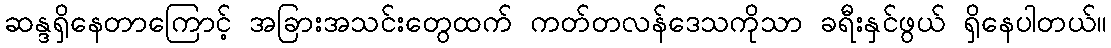
ဆန္ဒရှိနေတာကြောင့် အခြားအသင်းတွေထက် ကတ်တလန်ဒေသကိုသာ ခရီးနှင်ဖွယ် ရှိနေပါတယ်။